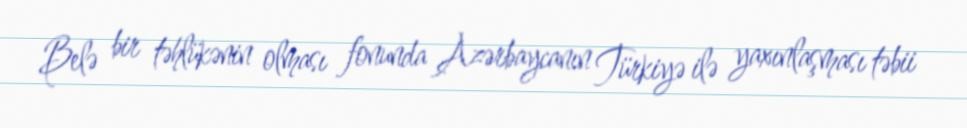
Belə bir təhlükənin olması fonunda Azərbaycanın Türkiyə ilə yaxınlaşması təbii